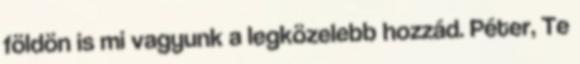
földön is mi vagyunk a legközelebb hozzád. Péter, Te